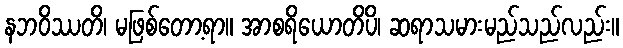
နဘဝိဿတိ၊ မဖြစ်တော့ရာ။ အာစရိယောတိပိ၊ ဆရာသမားမည်သည်လည်း။